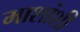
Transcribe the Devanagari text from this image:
माशांशी